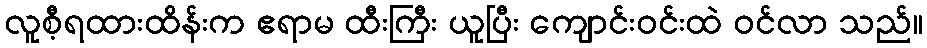
လူစီ့ရထားထိန်းက ဧရာမ ထီးကြီး ယူပြီး ကျောင်းဝင်းထဲ ဝင်လာ သည်။